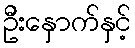
ဦးနှောက်နှင့်